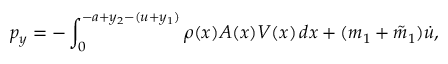
p _ { y } = - \int _ { 0 } ^ { - a + y _ { 2 } - ( u + y _ { 1 } ) } \rho ( x ) A ( x ) V ( x ) \, d x + ( m _ { 1 } + \tilde { m } _ { 1 } ) \dot { u } ,